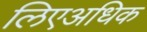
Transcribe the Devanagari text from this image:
लिएअधिक